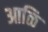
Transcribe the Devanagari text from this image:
आळि